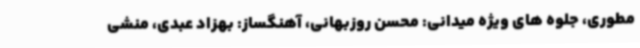
مطوری، جلوه های ویژه میدانی: محسن روزبهانی، آهنگساز: بهزاد عبدی، منشی